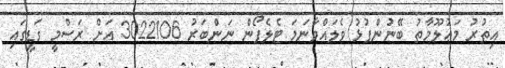
އިތުރު މަޢުލޫމާތު ބޭނުންފުޅު ވެލައްވާނަމަ ޓެލެފޯން ނަންބަރު 3022106 އަށް ރަސްމީ ގަޑީގައި